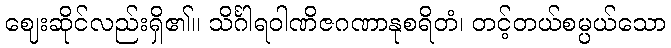
ဈေးဆိုင်လည်းရှိ၏။ သိင်္ဂါရဝါဏိဇဂဏာနုစရိတံ၊ တင့်တယ်စမ္ပယ်သော